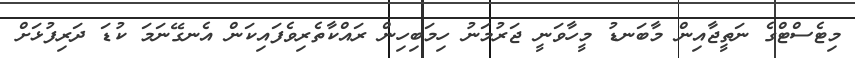
މިޓެސްޓްގެ ނަތީޖާއިން މާބަނޑު މީހާވަނީ ޖަރުމަނު ހިމަބިހިން ރައްކާތެރިވެފައިކަން އެނގޭނަމަ ކުޑަ ދަރިފުޅަށް